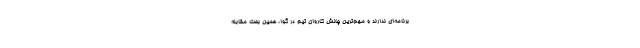
برنامه‌ای ندارند و مهم‌ترین چالش کاروان تیم در گوا، همین بحث مقابله